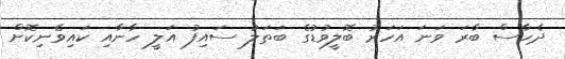
ދެހާސް ބާރަ ވަނަ އަހަރު ބޮލީވުޑުގެ ބަތަލު ސައިފު އަލީ ހާނާއި ކައިވެނިކޮށް